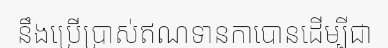
នឹងប្រើប្រាស់ឥណទានកាបោនដើម្បីជា